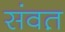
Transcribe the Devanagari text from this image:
संवत़